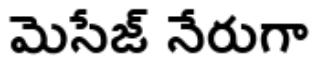
మెసేజ్ నేరుగా